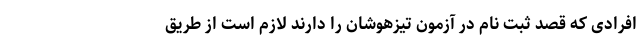
افرادی که قصد ثبت نام در آزمون تیزهوشان را دارند لازم است از طریق